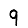
Digit: 9